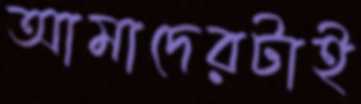
আমাদেরটাই